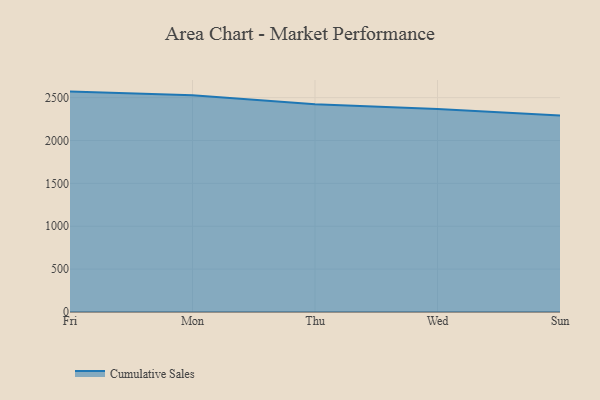
{"axis": {"x": "Day", "y": "Energy Usage (MWh)"}, "legend": ["Cumulative Sales"], "data": [{"x": "Fri", "y": 2570.7, "type": "Cumulative Sales"}, {"x": "Mon", "y": 2527.2, "type": "Cumulative Sales"}, {"x": "Thu", "y": 2422.3, "type": "Cumulative Sales"}, {"x": "Wed", "y": 2369.0, "type": "Cumulative Sales"}, {"x": "Sun", "y": 2292.7, "type": "Cumulative Sales"}]}